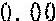
0.00